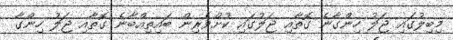
މިބިލުގައި ޖަލު ހިންގާނެ ގޮތާއި ޖަލުގައި ކުށްވެރިން ބައިތިއްބާނެ ގޮތާއި ޖަލު ހިންގާ